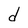
Character: d